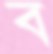
ব